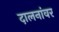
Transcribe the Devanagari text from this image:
दालनांवर